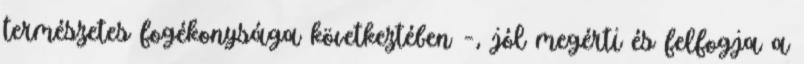
természetes fogékonysága következtében –, jól megérti és felfogja a